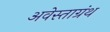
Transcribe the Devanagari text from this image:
अवेस्ताग्रंथ